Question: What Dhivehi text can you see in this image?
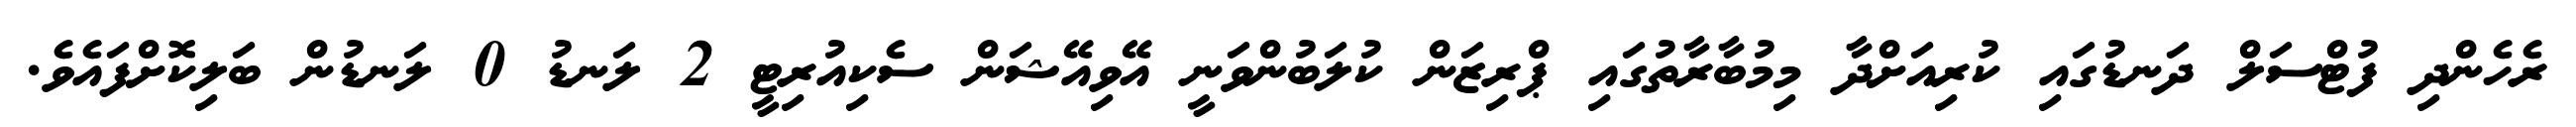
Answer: ރެހެންދި ފުޓްސަލް ދަނޑުގައި ކުރިއަށްދާ މިމުބާރާތުގައި ޕްރިޒަން ކުލަބުންވަނީ އޭވިއޭޝަން ސެކިއުރިޓީ 2 ލަނޑު 0 ލަނޑުން ބަލިކޮށްފައެވެ.